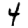
Digit: 4